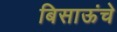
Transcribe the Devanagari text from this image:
बिसाऊंचे